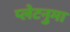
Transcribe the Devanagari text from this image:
प्‍लेटनुमा